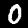
Digit: 0